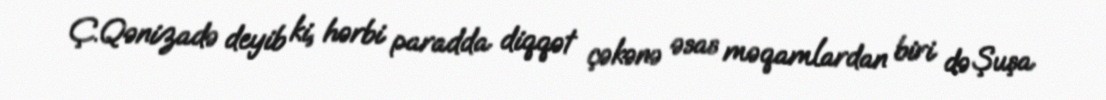
Ç.Qənizadə deyib ki, hərbi paradda diqqət çəkənə əsas məqamlardan biri də Şuşa